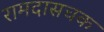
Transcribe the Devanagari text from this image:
रामदासचक